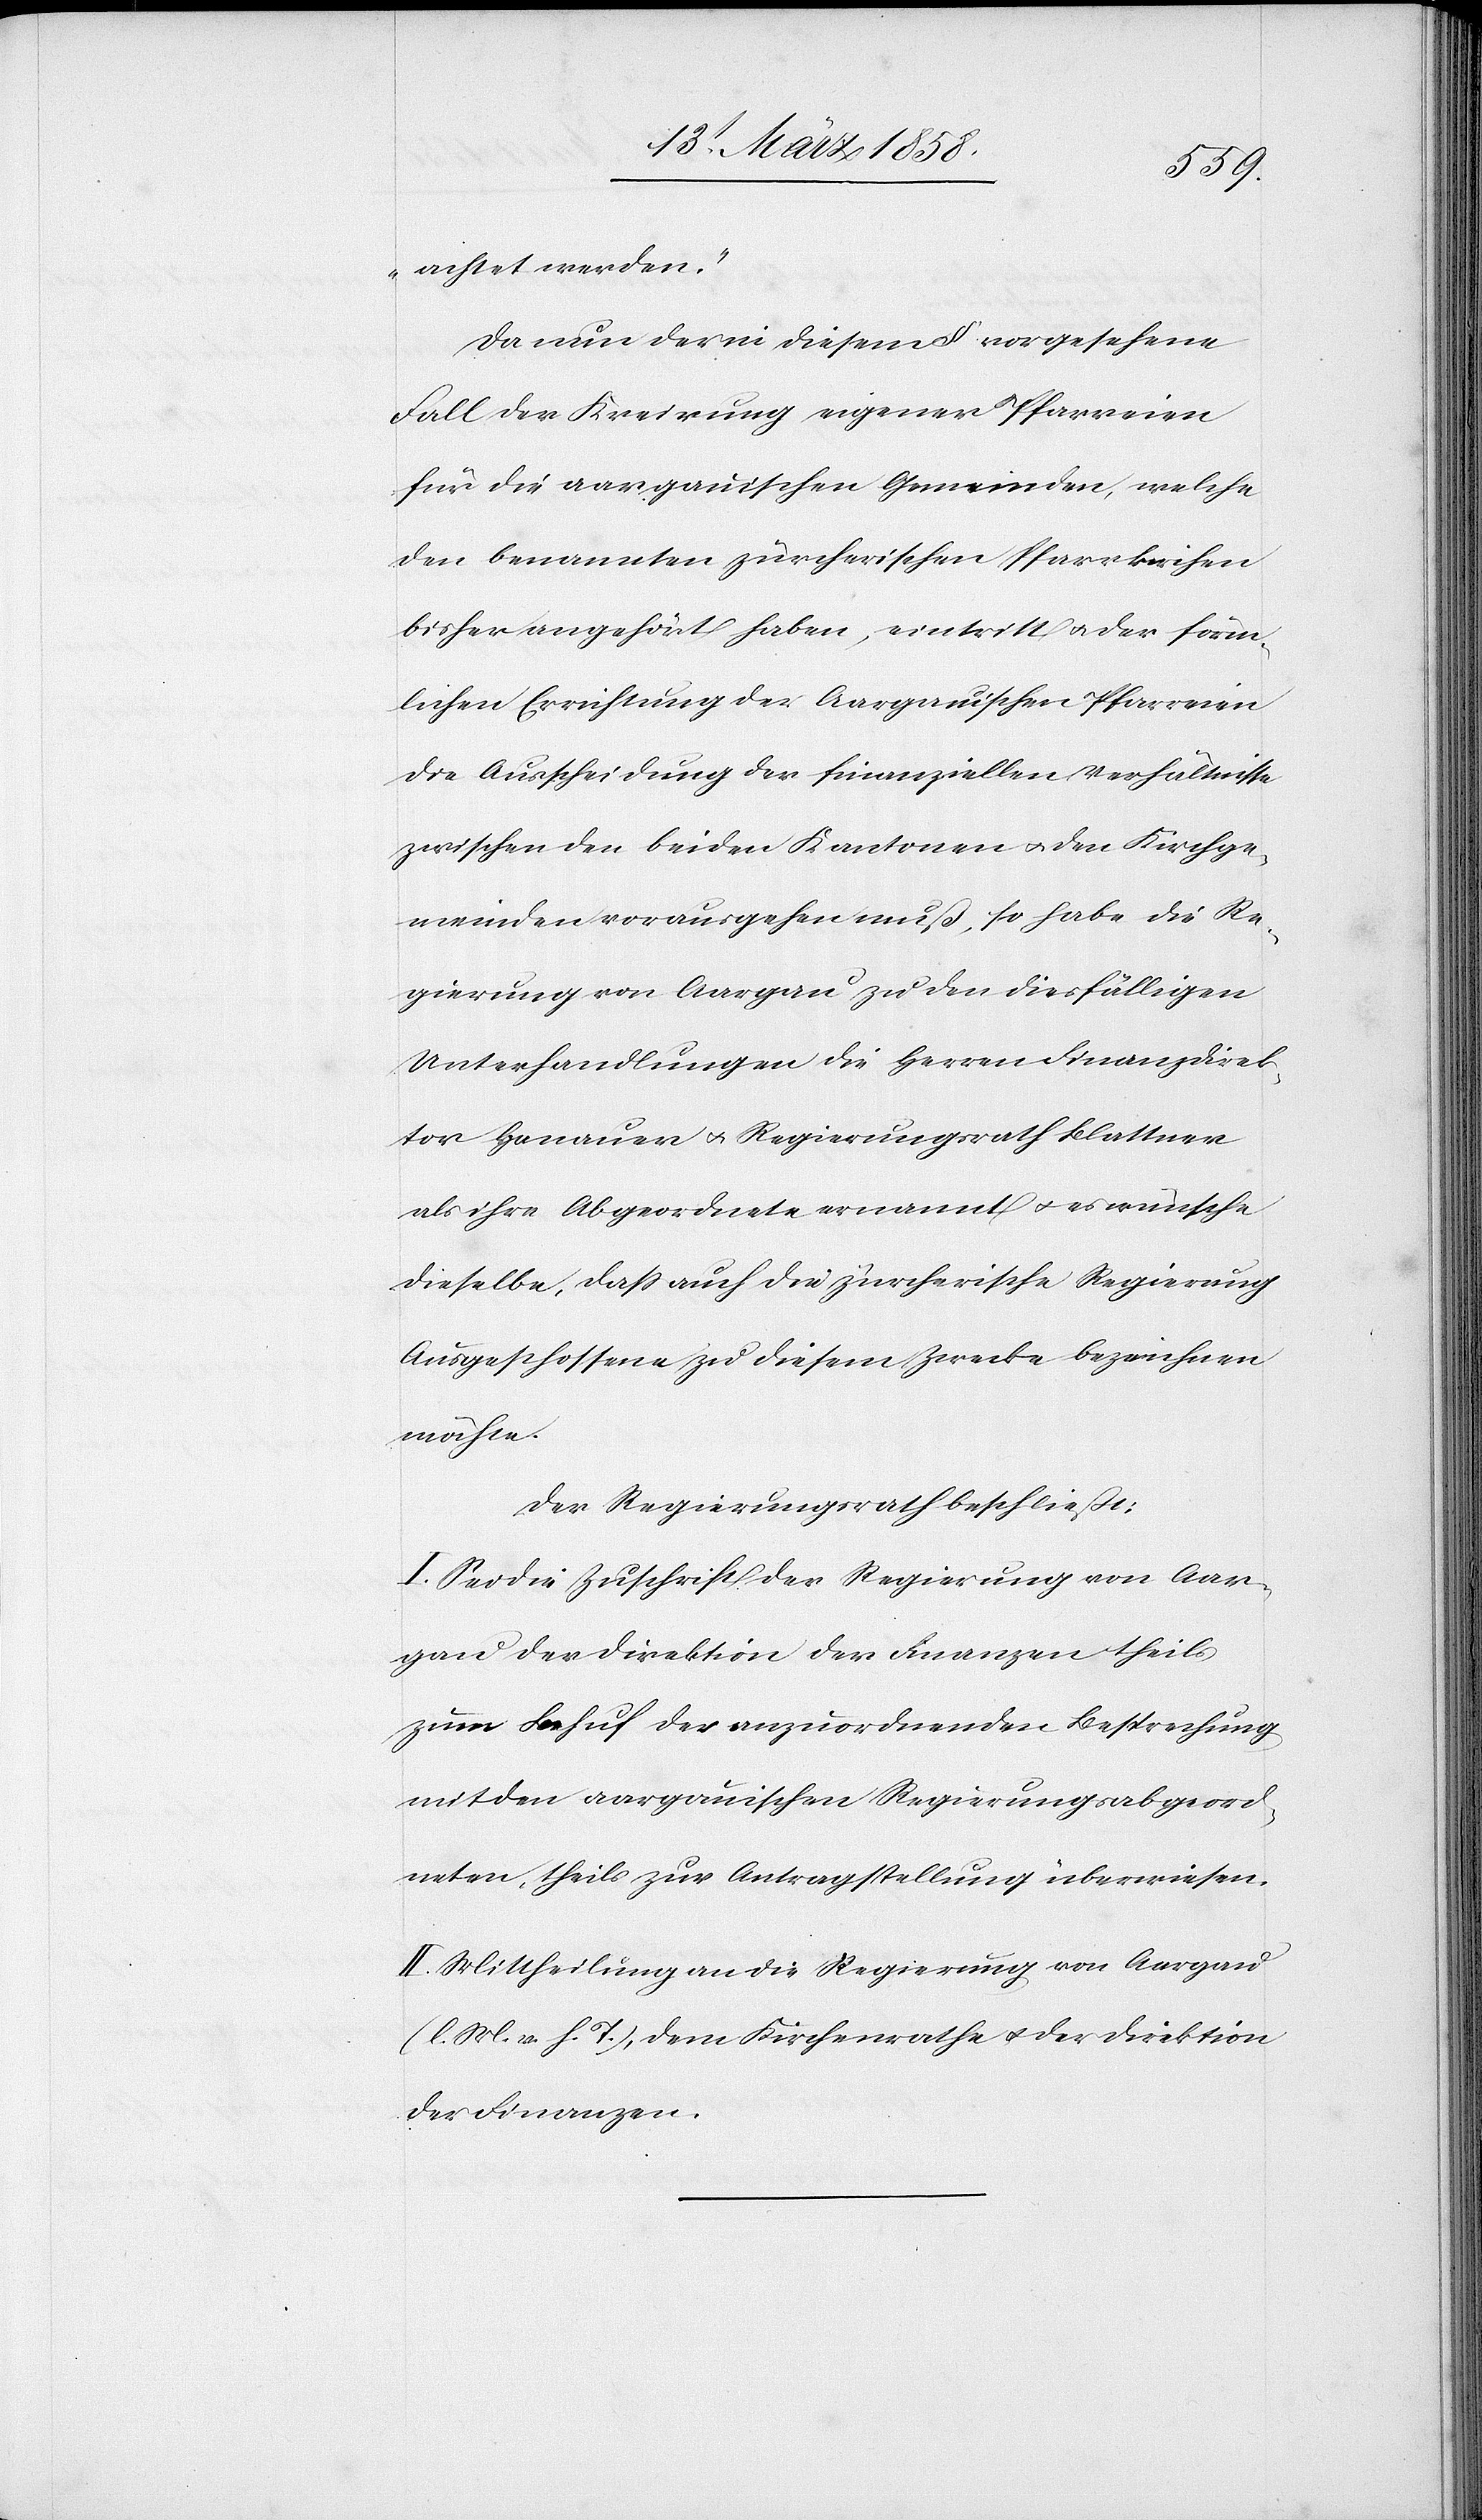
Da nun der in diesem § vorgesehene
Fall der Kreirung eigener Pfarreien
für die aargauischen Gemeinden, welche
den benannten zürcherischen Pfarrkirchen
bisher angehört haben, eintritt u. der förm¬
lichen Errichtung der Aargauischen Pfarreien
die Ausscheidung der finanziellen Verhältnisse
zwischen den beiden Kantonen u. den Kirchge¬
meinden vorausgehen muß, so habe die Re¬
gierung von Aargau zu den diesfälligen
Unterhandlungen die Herren Finanzdirek¬
tor Hanauer u. Regierungsrath Blattner
als ihre Abgeordneten ernannt u. es wünsche
dieselbe, daß auch die zürcherische Regierung
Ausgeschlossene zu diesem Zwecke bezeichnen
möchte.
Der Regierungsrath beschließt:
I. Sei die Zuschrift der Regierung von Aar¬
gau der Direktion der Finanzen theils
zum Behuf der anzuordnenden Besprechung
mit den aargauischen Regierungsabgeord¬
neten, theils zur Antragstellung überwiesen.
II. Mittheilung an die Regierung von Aargau
(l. M. v. g. T.), dem Kirchenrathe u. der Direktion
der Finanzen.